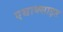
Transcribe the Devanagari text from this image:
एथाक्साइड